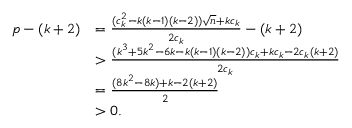
\begin{array} { r l } { p - ( k + 2 ) } & { = \frac { ( c _ { k } ^ { 2 } - k ( k - 1 ) ( k - 2 ) ) \sqrt { n } + k c _ { k } } { 2 c _ { k } } - ( k + 2 ) } \\ & { > \frac { ( k ^ { 3 } + 5 k ^ { 2 } - 6 k - k ( k - 1 ) ( k - 2 ) ) c _ { k } + k c _ { k } - 2 c _ { k } ( k + 2 ) } { 2 c _ { k } } } \\ & { = \frac { ( 8 k ^ { 2 } - 8 k ) + k - 2 ( k + 2 ) } { 2 } } \\ & { > 0 . } \end{array}